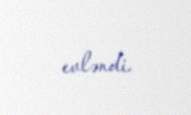
evləndi.